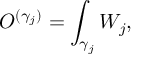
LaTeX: { \cal O } ^ { ( \gamma _ { j } ) } = \int _ { \gamma _ { j } } W _ { j } ,